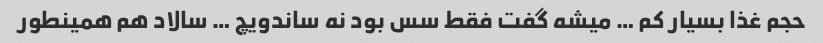
حجم غذا بسیار کم … میشه گفت فقط سس بود نه ساندویچ … سالاد هم همینطور